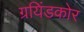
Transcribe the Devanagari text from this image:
ग्रयिंडकोर